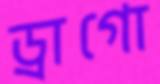
ড্রাগো